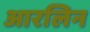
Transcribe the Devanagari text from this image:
आरलिन